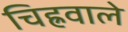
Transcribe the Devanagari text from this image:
चिह्रवाले